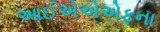
આઈએએએફના